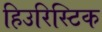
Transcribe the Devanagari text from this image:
हिउरिस्टिक